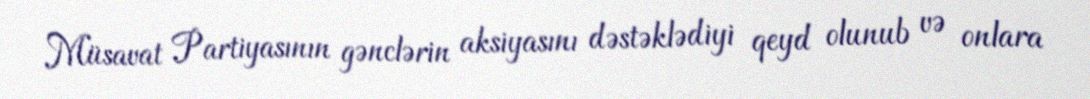
Müsavat Partiyasının gənclərin aksiyasını dəstəklədiyi qeyd olunub və onlara